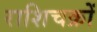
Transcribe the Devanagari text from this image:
राशिचक्रों